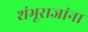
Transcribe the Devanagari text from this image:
शंभूराजांना